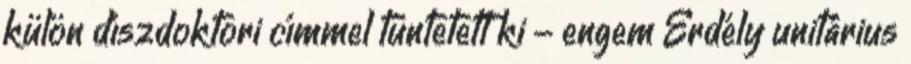
külön díszdoktori címmel tüntetett ki - engem Erdély unitárius